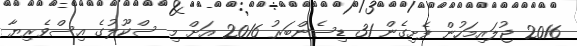
2016 ޖުލައިމަހުން ފެށިގެން 31 ޑިސެންބަރު 2016 އަށް މި ސްކޫލުގެ އިސްވެރިޔާ